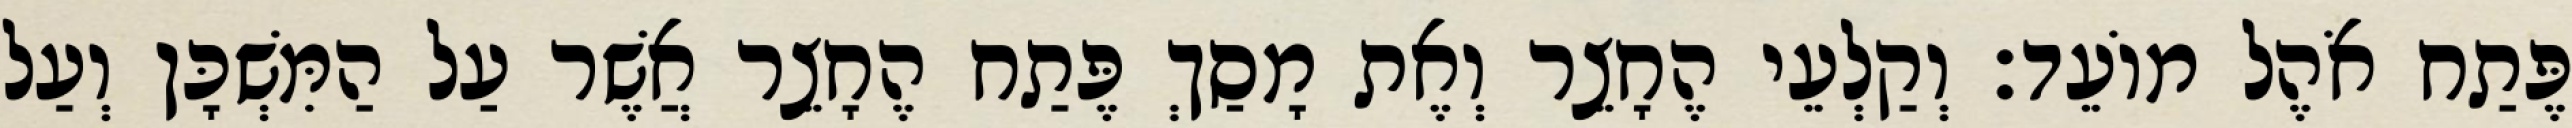
פֶּתַח אֹהֶל מוֹעֵד׃ וְקַלְעֵי הֶחָצֵר וְאֶת מָסַךְ פֶּתַח הֶחָצֵר אֲשֶׁר עַל הַמִּשְׁכָּן וְעַל